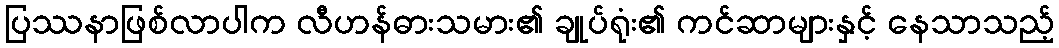
ပြဿနာဖြစ်လာပါက လီဟန်ဓားသမား၏ ချုပ်ရုံး၏ ကင်ဆာများနှင့် နေသာသည့်